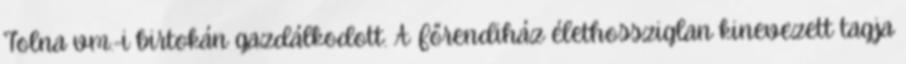
Tolna vm.-i birtokán gazdálkodott. A Főrendiház élethossziglan kinevezett tagja